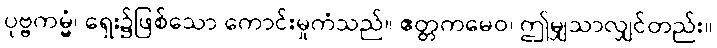
ပုဗ္ဗကမ္မံ၊ ရှေး၌ဖြစ်သော ကောင်းမှုကံသည်။ ဧတ္တကမေဝ၊ ဤမျှသာလျှင်တည်း။